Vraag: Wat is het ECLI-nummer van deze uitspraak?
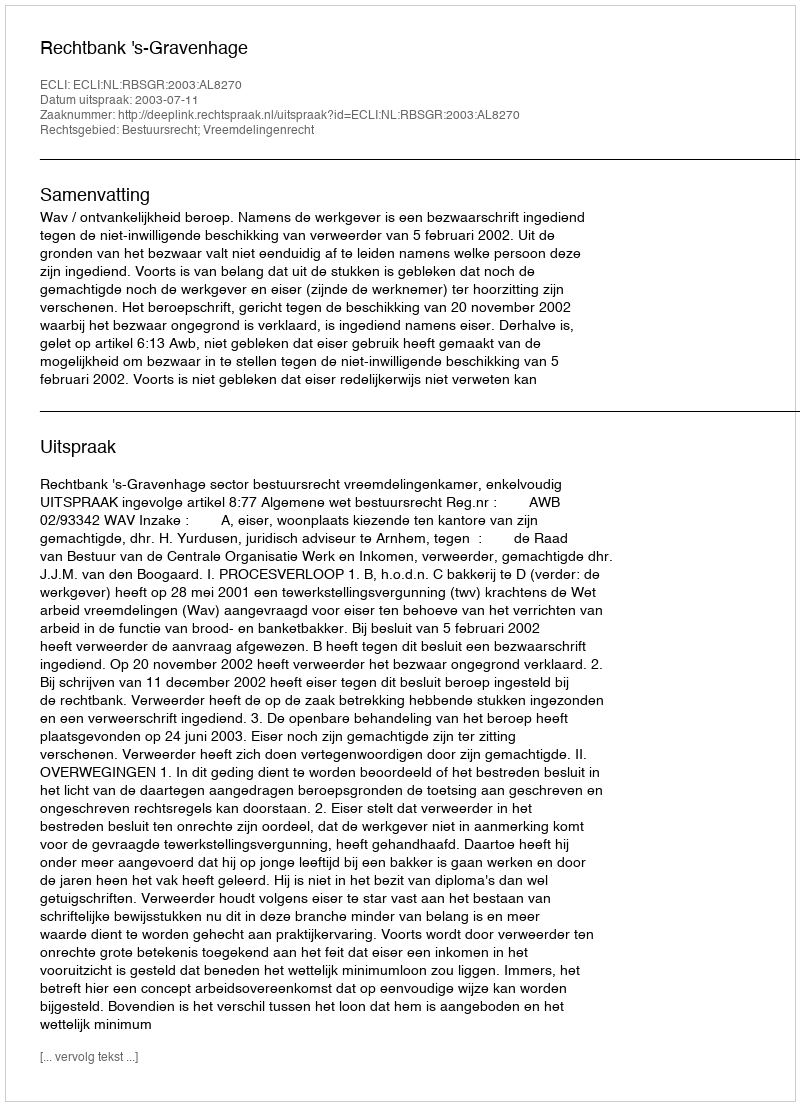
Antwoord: ECLI:NL:RBSGR:2003:AL8270